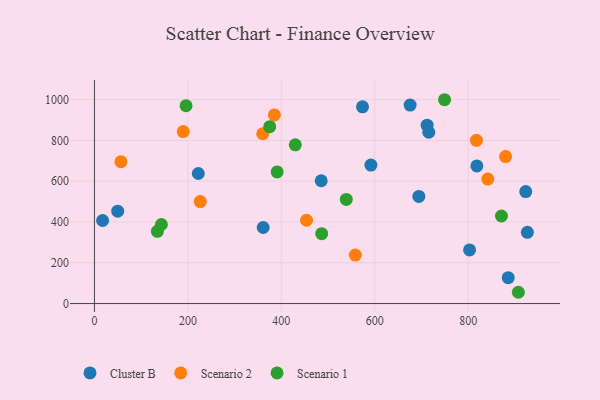
{"axis": {"x": "Engine Size", "y": "Fuel Efficiency"}, "legend": ["Cluster B", "Scenario 1", "Scenario 2"], "data": [{"x": "222.3", "y": 637.9, "type": "Cluster B"}, {"x": "675.7", "y": 973.3, "type": "Cluster B"}, {"x": "926.7", "y": 349.4, "type": "Cluster B"}, {"x": "361.2", "y": 373.1, "type": "Cluster B"}, {"x": "17.5", "y": 407.3, "type": "Cluster B"}, {"x": "694.4", "y": 525.6, "type": "Cluster B"}, {"x": "712.1", "y": 874.8, "type": "Cluster B"}, {"x": "803.0", "y": 262.8, "type": "Cluster B"}, {"x": "485.4", "y": 602.2, "type": "Cluster B"}, {"x": "573.8", "y": 964.9, "type": "Cluster B"}, {"x": "715.7", "y": 840.1, "type": "Cluster B"}, {"x": "885.7", "y": 127.0, "type": "Cluster B"}, {"x": "49.8", "y": 452.9, "type": "Cluster B"}, {"x": "818.6", "y": 674.9, "type": "Cluster B"}, {"x": "591.8", "y": 679.2, "type": "Cluster B"}, {"x": "923.2", "y": 549.2, "type": "Cluster B"}, {"x": "880.0", "y": 721.0, "type": "Scenario 2"}, {"x": "385.1", "y": 925.1, "type": "Scenario 2"}, {"x": "56.7", "y": 695.4, "type": "Scenario 2"}, {"x": "842.0", "y": 610.7, "type": "Scenario 2"}, {"x": "558.4", "y": 237.8, "type": "Scenario 2"}, {"x": "454.0", "y": 408.6, "type": "Scenario 2"}, {"x": "817.6", "y": 800.4, "type": "Scenario 2"}, {"x": "190.0", "y": 843.7, "type": "Scenario 2"}, {"x": "226.5", "y": 500.3, "type": "Scenario 2"}, {"x": "360.2", "y": 832.7, "type": "Scenario 2"}, {"x": "539.1", "y": 510.6, "type": "Scenario 1"}, {"x": "143.3", "y": 387.6, "type": "Scenario 1"}, {"x": "871.3", "y": 429.3, "type": "Scenario 1"}, {"x": "486.4", "y": 342.7, "type": "Scenario 1"}, {"x": "429.9", "y": 778.6, "type": "Scenario 1"}, {"x": "375.2", "y": 867.4, "type": "Scenario 1"}, {"x": "134.7", "y": 354.3, "type": "Scenario 1"}, {"x": "391.1", "y": 645.7, "type": "Scenario 1"}, {"x": "749.4", "y": 999.7, "type": "Scenario 1"}, {"x": "196.1", "y": 970.2, "type": "Scenario 1"}, {"x": "907.4", "y": 55.3, "type": "Scenario 1"}]}